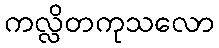
ကလ္လိတကုသလော